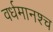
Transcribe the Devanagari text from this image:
वर्धमानश्च